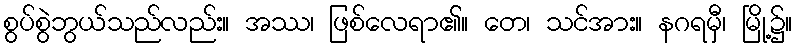
စွပ်စွဲဘွယ်သည်လည်း။ အဿ၊ ဖြစ်လေရာ၏။ တေ၊ သင်အား။ နဂရမှီ၊ မြို့၌။